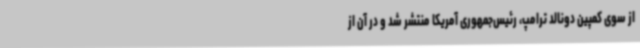
از سوی کمپین دونالد ترامپ، رئیس‌جمهوری آمریکا منتشر شد و در آن از